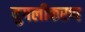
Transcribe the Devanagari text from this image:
युगलीकरण